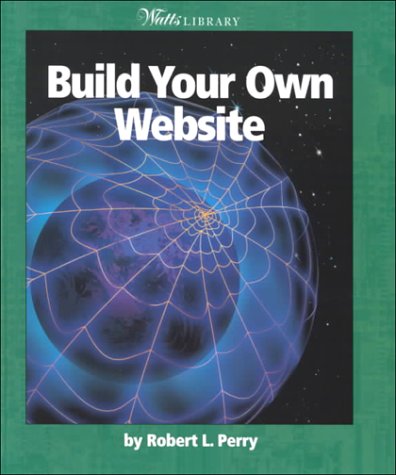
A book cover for Build Your Own Website (Watts Library); Robert L. Perry; Children's Books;